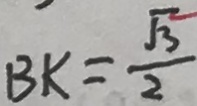
B K = \frac { \sqrt { 3 } } { 2 }